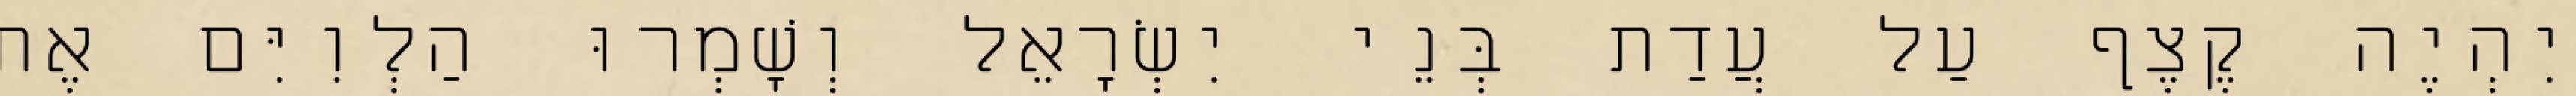
יִהְיֶה קֶצֶף עַל עֲדַת בְּנֵי יִשְׂרָאֵל וְשָׁמְרוּ הַלְוִיִּם אֶת